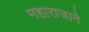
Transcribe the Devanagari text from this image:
महाराजाने